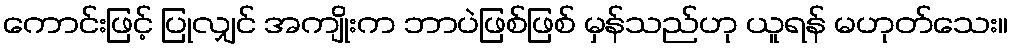
ကောင်းဖြင့် ပြုလျှင် အကျိုးက ဘာပဲဖြစ်ဖြစ် မှန်သည်ဟု ယူရန် မဟုတ်သေး။